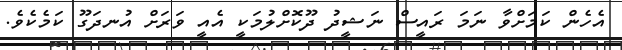
އެހެން ކަމަށްވާ ނަމަ ރައީސް ނަޝީދު ދޫކޮށްލުމަކީ އެއީ ވަރަށް އުނދަގޫ ކަމެކެވެ.